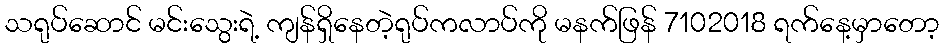
သရုပ်ဆောင် မင်းသွေးရဲ့ ကျန်ရှိနေတဲ့ရုပ်ကလာပ်ကို မနက်ဖြန် 7102018 ရက်နေ့မှာတော့